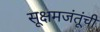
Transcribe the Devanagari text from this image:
सूक्षमजंतूंची